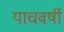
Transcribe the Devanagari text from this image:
याचवर्षी